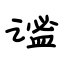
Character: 谧